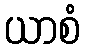
ယာစံ